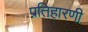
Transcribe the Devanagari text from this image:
प्रतिहारणी